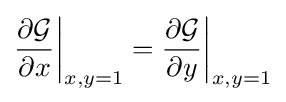
{\partial {\mathcal {G}} \over \partial x}{\biggl \vert }_{x,y=1}={\partial {\mathcal {G}} \over \partial y}{\biggl \vert }_{x,y=1}